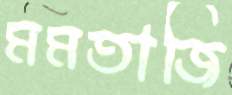
মমতাজি